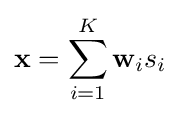
\mathbf {x} =\sum _{i=1}^{K}\mathbf {w} _{i}s_{i}